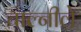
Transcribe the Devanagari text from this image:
चाल्नीले